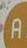
a